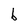
Character: b